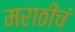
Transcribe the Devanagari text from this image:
मराठीचं